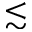
\lesssim